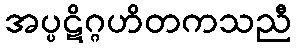
အပ္ပဋိဂ္ဂဟိတကသညီ